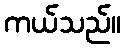
ကယ်သည်။